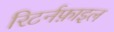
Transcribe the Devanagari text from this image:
रिटर्नफ़ाइल